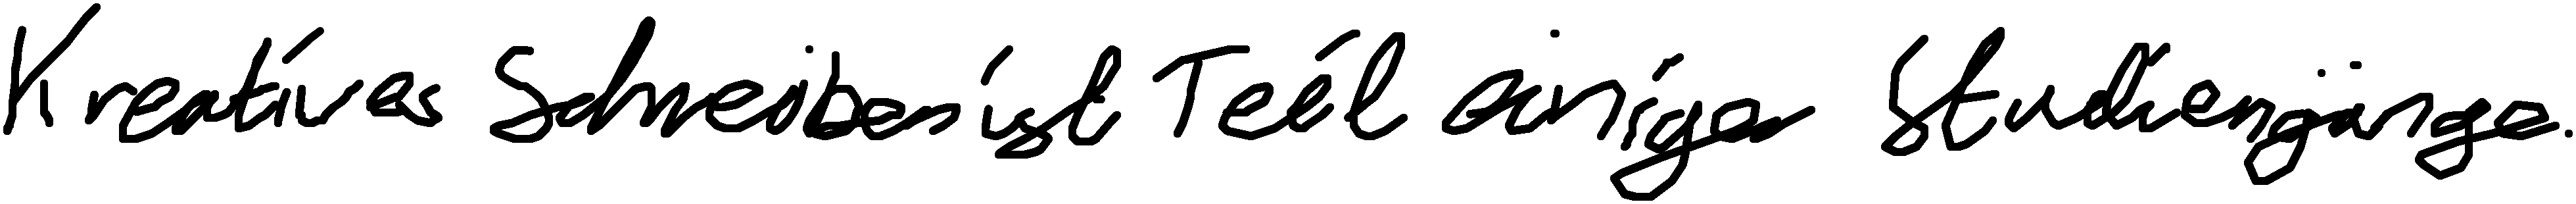
Kreatives Schreiben ist Teil einiger Studiengänge.